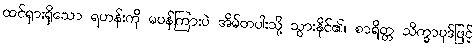
ထင်ရှားရှိသော ရဟန်းကို မပန်ကြားပဲ အိမ်တပါးသို့ သွားနိုင်၏။ စာရိတ္တ သိက္ခာပုဒ်ဖြင့်